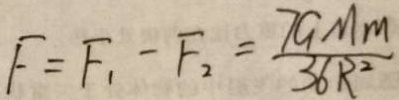
F = F _ { 1 } - F _ { 2 } = \frac { 7 G M m } { 3 6 R ^ { 2 } }